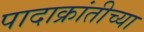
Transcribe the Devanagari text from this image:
पादाक्रांतीच्या